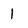
Character: 1